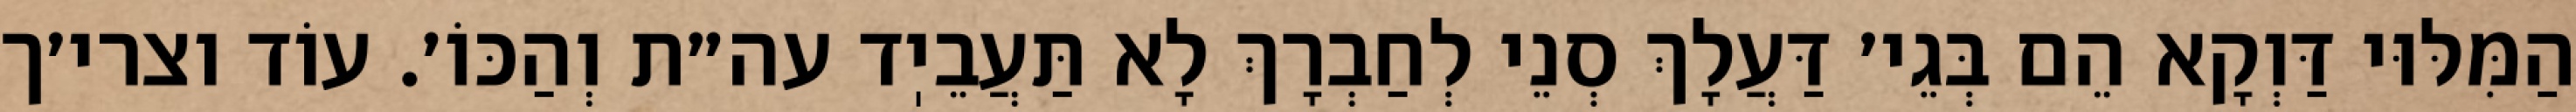
הַמִּלּוּי דַּוְקָא הֵם בְּגֵי׳ דַּעֲלָךְ סְנֵי לְחַבְרָךְ לָא תַּעֲבֵיֽד עה״ת וְהַכּוֹ׳. עוֹד וצרי׳ך